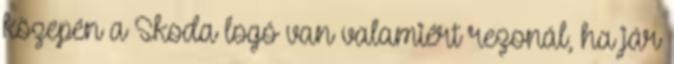
közepén a Skoda logó van valamiért rezonál, ha jár